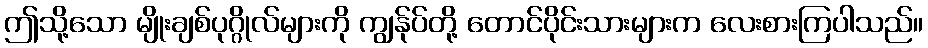
ဤသို့သော မျိုးချစ်ပုဂ္ဂိုလ်များကို ကျွန်ုပ်တို့ တောင်ပိုင်းသားများက လေးစားကြပါသည်။